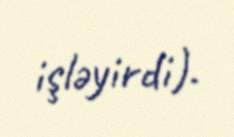
işləyirdi).